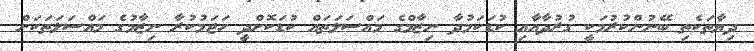
ދިޔާތަކެތި ބޭނުންކުރުމަކީ ގުރުދާއާއި ކުޑަކަމުދާ ނިޒާމްގެ މައްސަލަަތައް ކުޑަކޮށްދީ ހަޖަމުކުރާ ނިޒާމުގެ މައްސަަލަތަކަށް